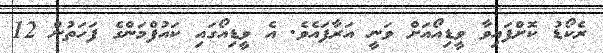
ރެކޯޑު ކޮށްފައިވާ ވީޑިއޯއަށް ވަނީ އަރާފައެވެ. އެ ވީޑިއޯގައި ކައުފްމަންގެ ފަހަތުން 12